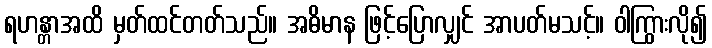
ရဟန္တာအထိ မှတ်ထင်တတ်သည်။ အဓိမာန ဖြင့်ပြောလျှင် အာပတ်မသင့်။ ဝါကြွားလို၍